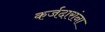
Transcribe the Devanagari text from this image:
कर्जदारांना